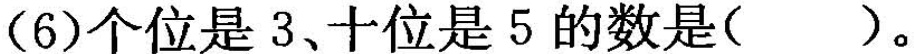
(6)个位是3、十位是5的数是( )。